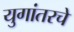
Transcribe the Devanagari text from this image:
युगांतरचे